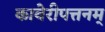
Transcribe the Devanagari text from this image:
कावेरीपत्तनम्